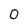
Character: 0